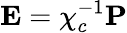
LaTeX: {\textbf{E}=\chi_{c}^{-1}\textbf{P}}